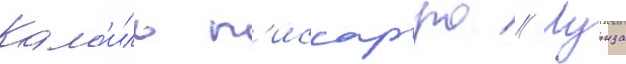
Кам'иль п'иссарро // Луиза